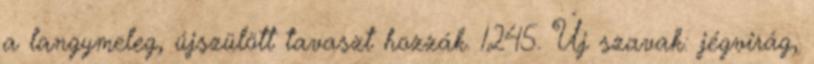
a langymeleg, újszülött tavaszt hozzák. 1245. Új szavak: jégvirág,